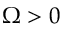
\Omega > 0